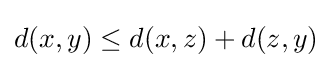
d(x,y)\leq d(x,z)+d(z,y)